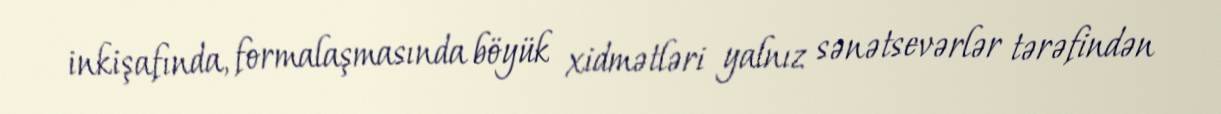
inkişafında, formalaşmasında böyük xidmətləri yalnız sənətsevərlər tərəfindən